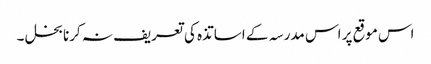
اس موقع پر اس مدرسہ کے اساتذہ کی تعریف نہ کرنا بخل ۔